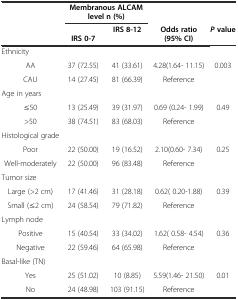
<table><thead><tr><td></td><td colspan="2"><b>Membranous ALCAM level n (%)</b></td><td></td><td></td></tr><tr><td></td><td><b>IRS 0-7</b></td><td><b>IRS 8-12</b></td><td><b>Odds ratio (95% CI)</b></td><td><b><i>P</i>value</b></td></tr></thead><tbody><tr><td>Ethnicity</td><td></td><td></td><td></td><td></td></tr><tr><td>AA</td><td>37 (72.55)</td><td>41 (33.61)</td><td>4.28(1.64- 11.15)</td><td>0.003</td></tr><tr><td>CAU</td><td>14 (27.45)</td><td>81 (66.39)</td><td>Reference</td><td></td></tr><tr><td>Age in years</td><td></td><td></td><td></td><td></td></tr><tr><td>≤50</td><td>13 (25.49)</td><td>39 (31.97)</td><td>0.69 (0.24- 1.99)</td><td>0.49</td></tr><tr><td>&gt;50</td><td>38 (74.51)</td><td>83 (68.03)</td><td>Reference</td><td></td></tr><tr><td>Histological grade</td><td></td><td></td><td></td><td></td></tr><tr><td>Poor</td><td>22 (50.00)</td><td>19 (16.52)</td><td>2.10(0.60- 7.34)</td><td>0.25</td></tr><tr><td>Well-moderately</td><td>22 (50.00)</td><td>96 (83.48)</td><td>Reference</td><td></td></tr><tr><td>Tumor size</td><td></td><td></td><td></td><td></td></tr><tr><td>Large (&gt;2 cm)</td><td>17 (41.46)</td><td>31 (28.18)</td><td>0.62( 0.20-1.88)</td><td>0.39</td></tr><tr><td>Small (≤2 cm)</td><td>24 (58.54)</td><td>79 (71.82)</td><td>Reference</td><td></td></tr><tr><td>Lymph node</td><td></td><td></td><td></td><td></td></tr><tr><td>Positive</td><td>15 (40.54)</td><td>33 (34.02)</td><td>1.62( 0.58- 4.54)</td><td>0.36</td></tr><tr><td>Negative</td><td>22 (59.46)</td><td>64 (65.98)</td><td>Reference</td><td></td></tr><tr><td>Basal-like (TN)</td><td></td><td></td><td></td><td></td></tr><tr><td>Yes</td><td>25 (51.02)</td><td>10 (8.85)</td><td>5.59(1.46- 21.50)</td><td>0.01</td></tr><tr><td>No</td><td>24 (48.98)</td><td>103 (91.15)</td><td>Reference</td><td></td></tr></tbody></table>